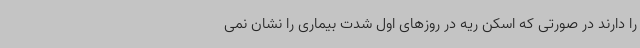
را دارند در صورتی که اسکن ریه در روزهای اول شدت بیماری را نشان نمی